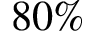
8 0 \%